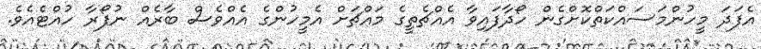
އެފަދަ މީހުންމަސައްކަތްކޮށްގެން ހޯދާފައިވާ އެއްޗެތީގެ މައްޗަށް އެމީހުންގެ އެއްވެސް ބާރެއް ނުފޯރާ ހުއްޓެއެވެ.